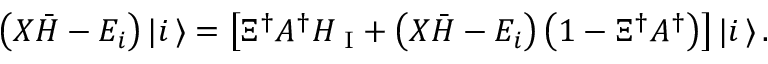
\left( { \cal X } { \bar { H } } - E _ { i } \right) | i \, \rangle = \left[ \Xi ^ { \dagger } { \cal A } ^ { \dagger } H _ { \mathrm { \scriptsize ~ I } } + \left( { \cal X } { \bar { H } } - E _ { i } \right) \left( 1 - \Xi ^ { \dagger } { \cal A } ^ { \dagger } \right) \right] | i \, \rangle \, .